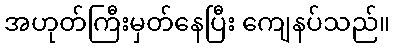
အဟုတ်ကြီးမှတ်နေပြီး ကျေနပ်သည်။